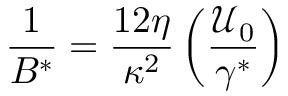
\frac { 1 } { B ^ { * } } = \frac { 1 2 \eta } { \kappa ^ { 2 } } \left( \frac { \mathcal { U } _ { 0 } } { \gamma ^ { * } } \right)